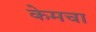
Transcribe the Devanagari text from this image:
केमचा